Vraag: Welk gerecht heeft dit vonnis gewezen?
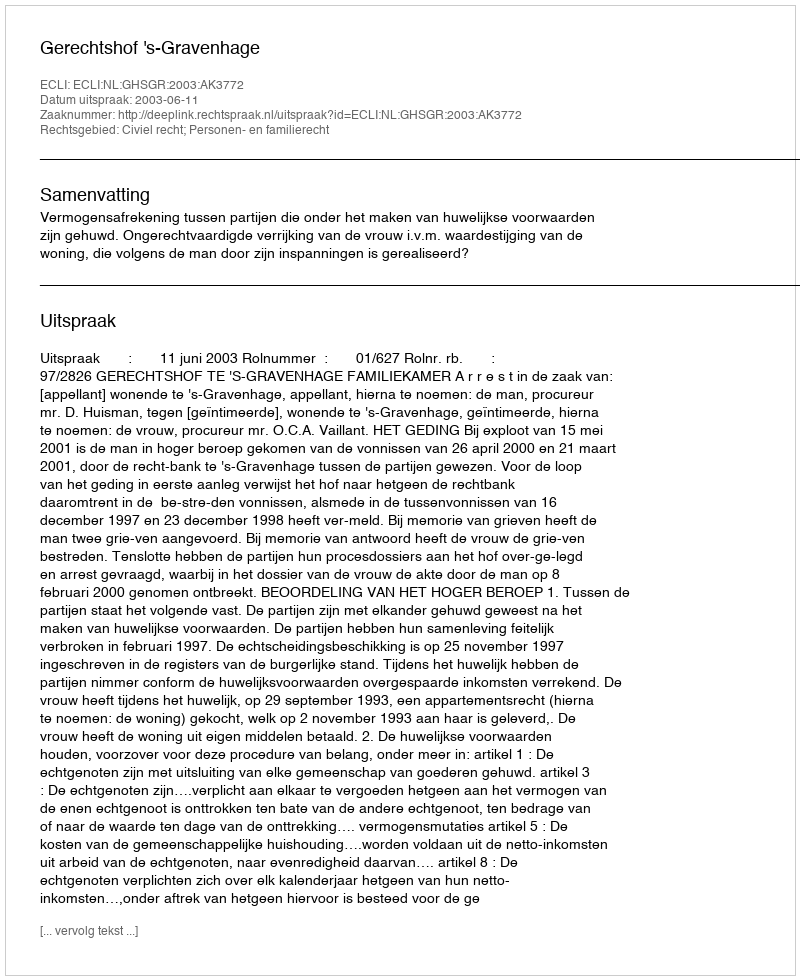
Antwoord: Gerechtshof 's-Gravenhage